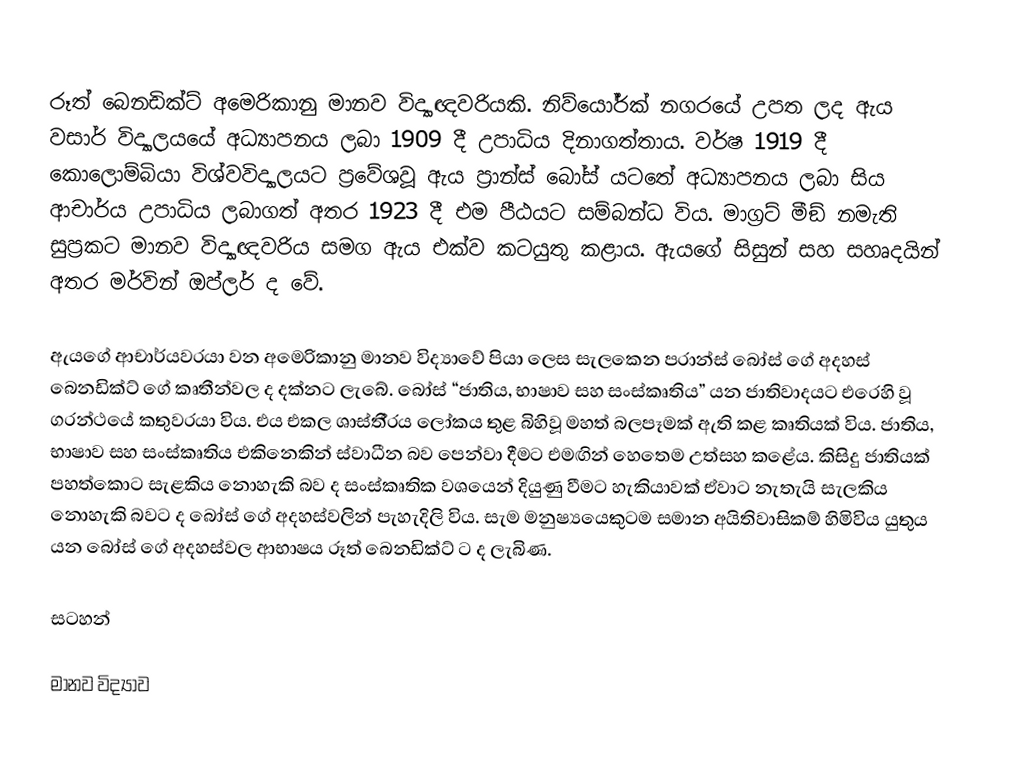
රූත් බෙනඩික්ට් අමෙරිකානු මානව විද්‍යාඥවරියකි. නිව්යෝර්ක් නගරයේ උපත ලද ඇය වසාර් විද්‍යාලයයේ අධ්‍යාපනය ලබා 1909 දී උපාධිය දිනාගත්තාය.  වර්ෂ 1919 දී කොලොම්බියා විශ්වවිද්‍යාලයට ප‍්‍රවේශවූ ඇය ප‍්‍රාන්ස් බෝස් යටතේ අධ්‍යාපනය ලබා සිය ආචාර්ය උපාධිය ලබාගත් අතර 1923 දී එම පීඨයට සම්බන්ධ විය. මාග‍්‍රට් මීඞ් නමැති සුප‍්‍රකට මානව විද්‍යාඥවරිය සමග ඇය එක්ව කටයුතු කළාය. ඇයගේ සිසුන් සහ සහෘදයින් අතර මර්වින් ඔප්ලර් ද වේ.

ඇයගේ ආචාර්යවරයා වන අමෙරිකානු මානව විද්‍යාවේ පියා ලෙස සැලකෙන ප‍්‍රාන්ස් බෝස් ගේ අදහස් බෙනඩික්ට් ගේ කෘතීන්වල ද දක්නට ලැබේ. බෝස්  “ජාතිය, භාෂාව සහ සංස්කෘතිය” යන ජාතිවාදයට එරෙහි වූ ග‍්‍රන්ථයේ කතුවරයා විය. එය එකල ශාස්තී‍්‍රය ලෝකය තුළ බිහිවූ මහත් බලපෑමක් ඇති කළ කෘතියක් විය. ජාතිය, භාෂාව සහ සංස්කෘතිය එකිනෙකින් ස්වාධීන බව පෙන්වා දීමට එමඟින් හෙතෙම උත්සහ කළේය. කිසිදු ජාතියක් පහත්කොට සැළකිය නොහැකි බව ද සංස්කෘතික වශයෙන් දියුණු වීමට හැකියාවක් ඒවාට නැතැයි සැලකිය නොහැකි බවට ද බෝස් ගේ අදහස්වලින් පැහැදිලි විය. සැම මනුෂ්‍යයෙකුටම සමාන අයිතිවාසිකම් හිමිවිය යුතුය යන බෝස් ගේ අදහස්වල ආභාෂය රූත් බෙනඩික්ට් ට ද ලැබිණ.

සටහන්

මානව විද්‍යාව